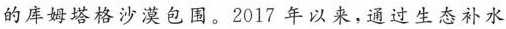
的库姆塔格沙漠包围。2017 年以来，通过生态补水